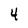
Character: 4